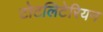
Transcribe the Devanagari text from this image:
टोटलिटेरियन